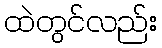
ထဲတွင်လည်း